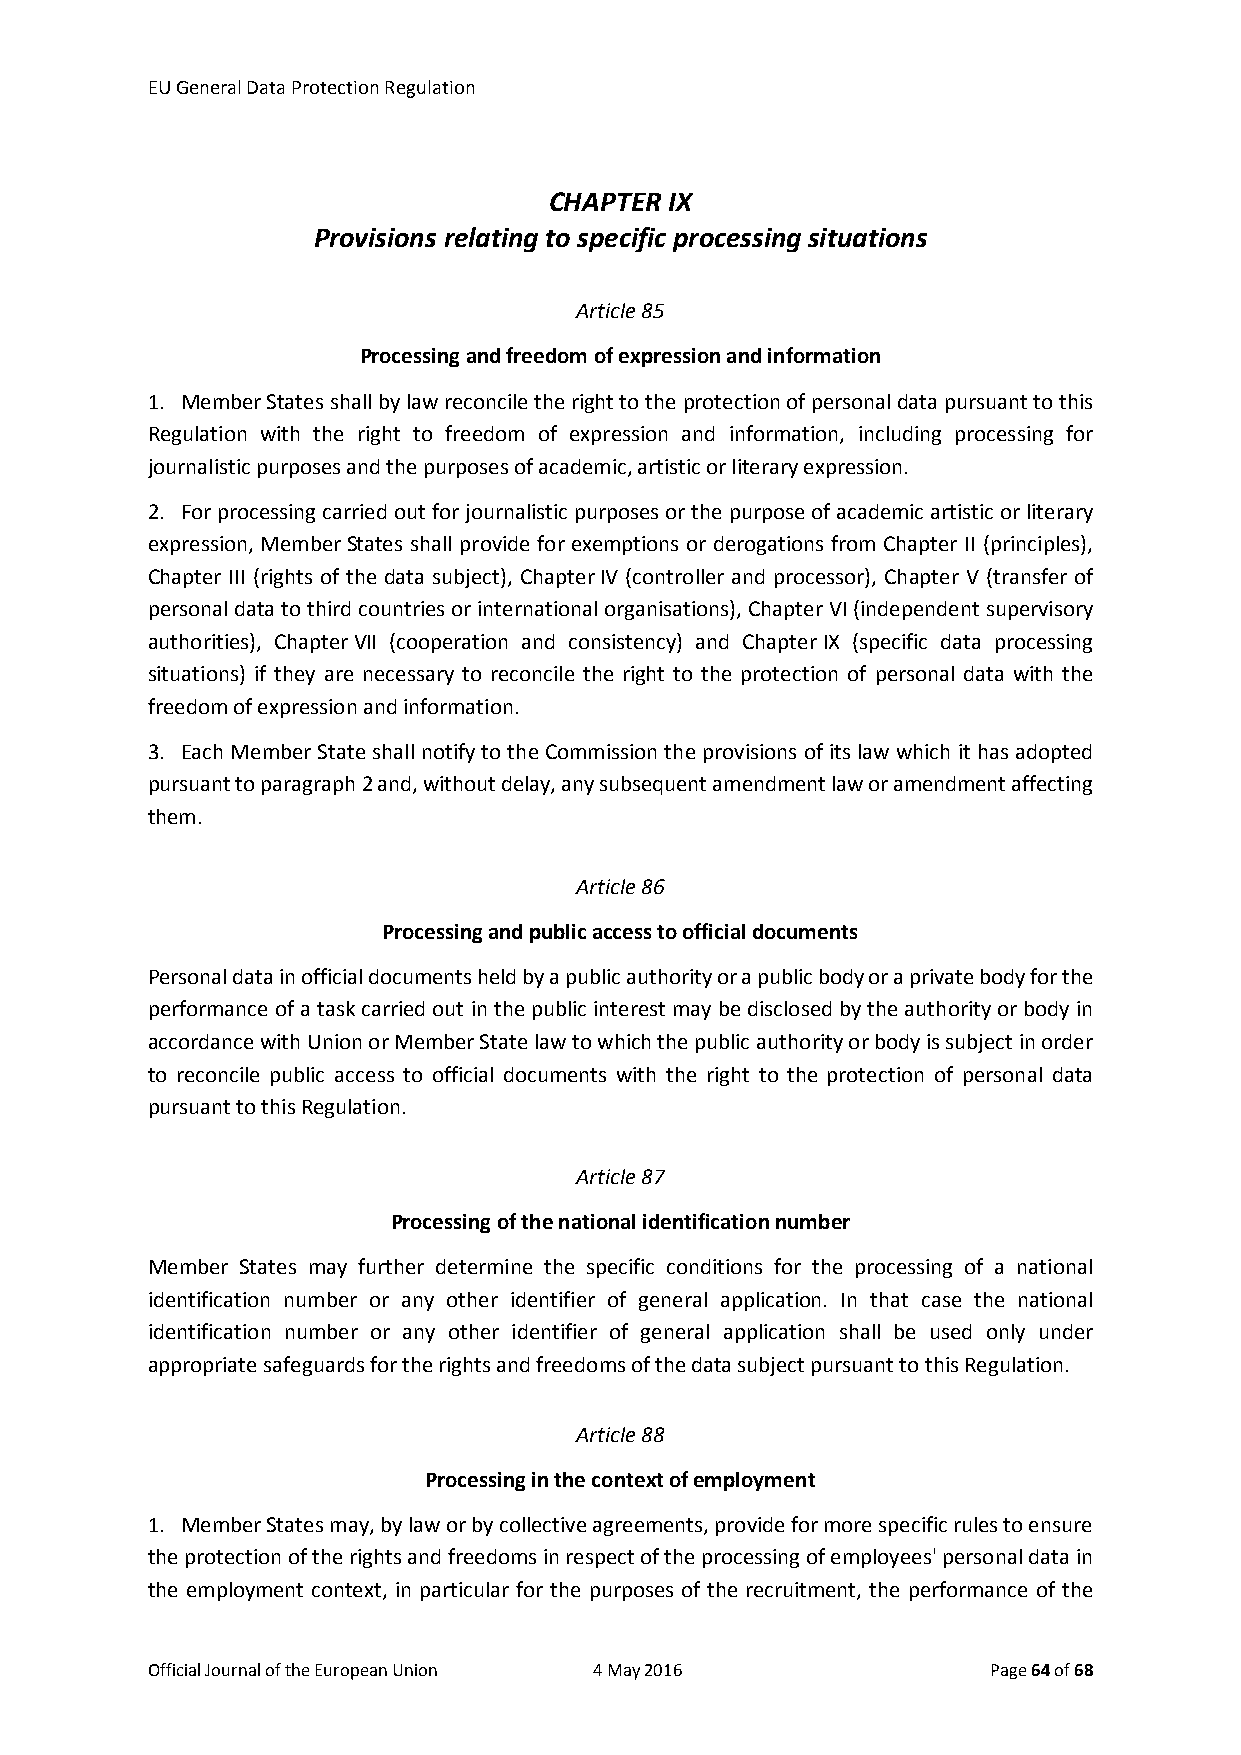
EU General Data Protection Regulation
 CHAPTER IX
 Provisions relating to specific processing situations
 Article 85
 Processing and freedom of expression and information
 1. Member States shall by law reconcile the right to the protection of personal data pursuant to this
 Regulation with the right to freedom of expression and information, including processing for
 journalistic purposes and the purposes of academic, artistic or literary expression.
 2. For processing carried out for journalistic purposes or the purpose of academic artistic or literary
 expression, Member States shall provide for exemptions or derogations from Chapter II (principles),
 Chapter III (rights of the data subject), Chapter IV (controller and processor), Chapter V (transfer of
 personal data to third countries or international organisations), Chapter VI (independent supervisory
 authorities), Chapter VII (cooperation and consistency) and Chapter IX (specific data processing
 situations) if they are necessary to reconcile the right to the protection of personal data with the
 freedom of expression and information.
 3. Each Member State shall notify to the Commission the provisions of its law which it has adopted
 pursuant to paragraph 2 and, without delay, any subsequent amendment law or amendment affecting
 them.
 Article 86
 Processing and public access to official documents
 Personal data in official documents held by a public authority or a public body or a private body for the
 performance of a task carried out in the public interest may be disclosed by the authority or body in
 accordance with Union or Member State law to which the public authority or body is subject in order
 to reconcile public access to official documents with the right to the protection of personal data
 pursuant to this Regulation.
 Article 87
 Processing of the national identification number
 Member States may further determine the specific conditions for the processing of a national
 identification number or any other identifier of general application. In that case the national
 identification number or any other identifier of general application shall be used only under
 appropriate safeguards for the rights and freedoms of the data subject pursuant to this Regulation.
 Article 88
 Processing in the context of employment
 1. Member States may, by law or by collective agreements, provide for more specific rules to ensure
 the protection of the rights and freedoms in respect of the processing of employees' personal data in
 the employment context, in particular for the purposes of the recruitment, the performance of the
 Official Journal of the European Union 4 May 2016       Page 64 of 68